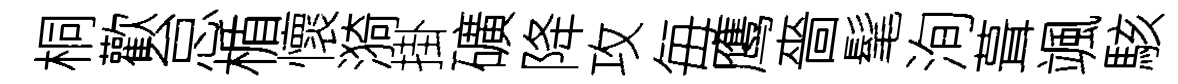
桐歡怠楯懷漪掛礦降攻毎鹰嗇髦洵葺颯駭